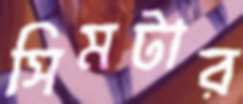
সিমটার